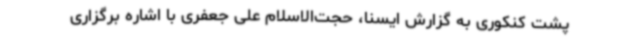
پشت کنکوری به گزارش ایسنا، حجت‌الاسلام علی جعفری با اشاره برگزاری